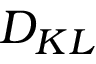
D _ { K L }